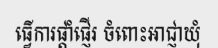
ធ្វើការផ្តាំផ្ញើរ ចំពោះអាជ្ញាឃុំ